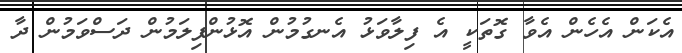
އެކަން އެހެން އެވާ ގޮތަކީ އެ ފިިލާވަޅު އެނގުމުން އޮޅުންފިލަމުން ދަސްވަމުން ދާ